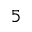
5